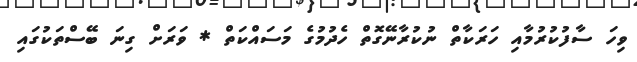
ވިހަ ސާފުކުރުމާއި ހަރަކާތް ނުކުރާނޭގޮތް ހެދުމުގެ މަސައްކަތް * ވަރަށް ގިނަ ބޭސްތަކުގައި